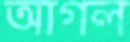
আগল